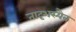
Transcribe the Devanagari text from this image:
तादृशस्यैव